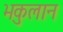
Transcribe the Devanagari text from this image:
भकुलान